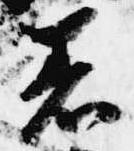
着